Source: Handwritten
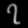
Digit: ၇ (7)